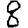
Digit: 8